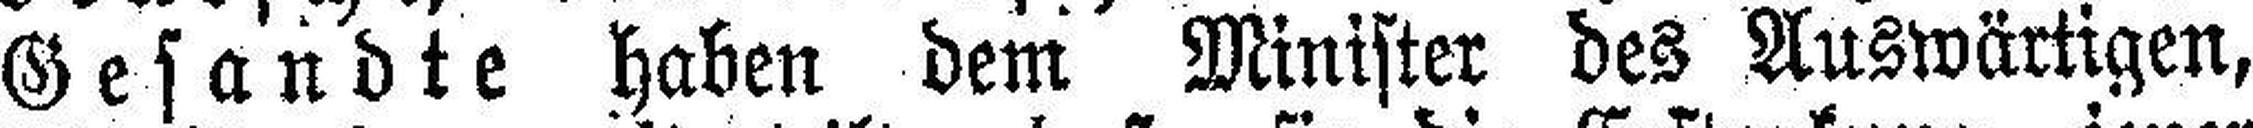
Gesandte haben dem Minister des Auswärtigen,